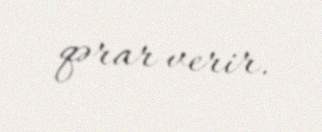
qərar verir.